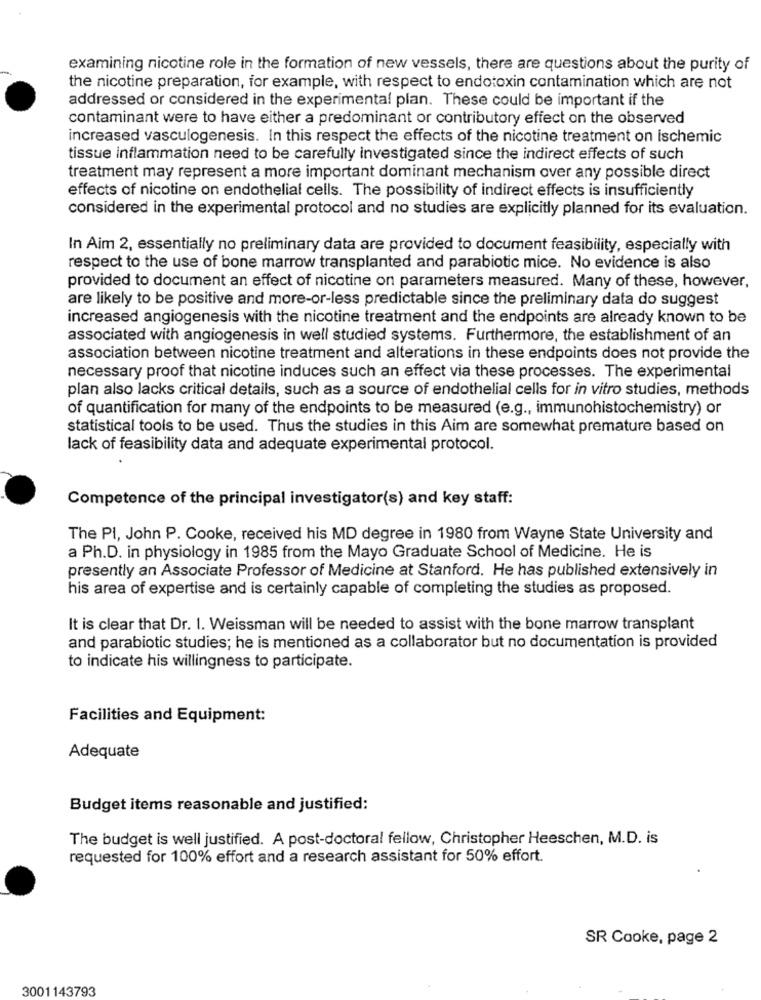
examining nicotine role in the formation of new vessels, there are questions about the purity of
the nicotine preparation, for example, with respect to endotoxin contamination which are not
addressed or considered in the experimental plan. These could be important if the
contaminant were to have either a predominant or contributory effect on the observed
increased vasculogenesis. In this respect the effects of the nicotine treatment on ischemic
tissue inflammation need to be carefully investigated since the indirect effects of such
treatment may represent a more important dominant mechanism over any possible direct
effects of nicotine on endothelial cells. The possibility of indirect effects is insufficiently
considered in the experimental protocol and no studies are explicitly planned for its evaluation.
In Aim 2, essentially no preliminary data are provided to document feasibility, especially with
respect to the use of bone marrow transplanted and parabiotic mice. No evidence is also
provided to document an effect of nicotine on parameters measured. Many of these, however,
are likely to be positive and more-or-less predictable since the preliminary data do suggest
increased angiogenesis with the nicotine treatment and the endpoints are already known to be
associated with angiogenesis in well studied systems. Furthermore, the establishment of an
association between nicotine treatment and alterations in these endpoints does not provide the
necessary proof that nicotine induces such an effect via these processes. The experimental
plan also lacks critical details, such as a source of endothelial cells for in vitro studies, methods
of quantification for many of the endpoints to be measured (e.g ., immunohistochemistry) or
statistical tools to be used. Thus the studies in this Aim are somewhat premature based on
lack of feasibility data and adequate experimental protocol.
Competence of the principal investigator(s) and key staff:
The PI, John P. Cooke, received his MD degree in 1980 from Wayne State University and
a Ph.D. in physiology in 1985 from the Mayo Graduate School of Medicine. He is
presently an Associate Professor of Medicine at Stanford. He has published extensively in
his area of expertise and is certainly capable of completing the studies as proposed.
It is clear that Dr. I. Weissman will be needed to assist with the bone marrow transplant
and parabiotic studies; he is mentioned as a collaborator but no documentation is provided
to indicate his willingness to participate.
Facilities and Equipment:
Adequate
Budget items reasonable and justified:
The budget is well justified. A post-doctoral fellow, Christopher Heeschen, M.D. is
requested for 100% effort and a research assistant for 50% effort.
SR Cooke, page 2
3001143793